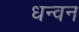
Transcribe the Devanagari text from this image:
धन्वन